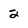
Character: 2